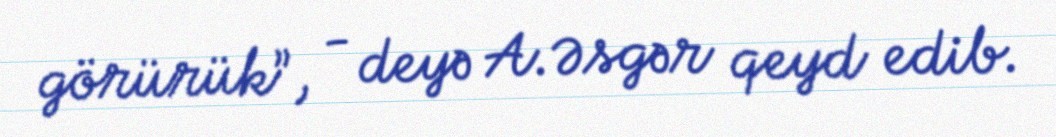
görürük”, - deyə A.Əsgər qeyd edib.